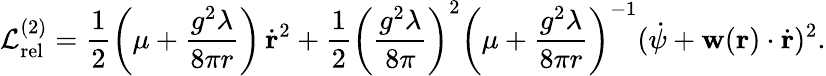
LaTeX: {\cal L}_{\mathrm{rel}}^{(2)}=\frac{1}{2}\biggl(\mu+\frac{g^{2}\lambda}{8\pi r}\biggr)\, \dot{{\mathbf r}}^{2}+\frac{1}{2}\left(\frac{g^{2}\lambda}{8\pi}\right)^{2}\biggl(\mu+\frac{g^{2}\lambda}{8\pi r}\biggr)^{-1}(\dot{\psi}+{\mathbf w}({\mathbf r})\cdot\dot{{\mathbf r}})^{2}.